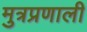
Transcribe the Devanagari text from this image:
मुत्रप्रणाली